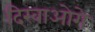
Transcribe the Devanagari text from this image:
दिखाओगे